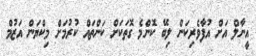
އީނާލް އަށް އުފާވެރިކަން ލިބޭ ކޮންމެ ގޮތަކަށް ކަންތައް ކުރުމަށް މިކްޔަން އަޒުމް